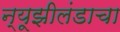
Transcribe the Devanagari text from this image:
न्यूझीलंडाचा